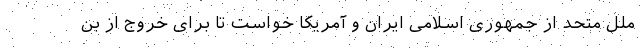
ملل متحد از جمهوری اسلامی ایران و آمریکا خواست تا برای خروج از بن